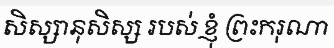
សិស្សានុសិស្ស របស់ ខ្ញុំ ព្រះករុណា